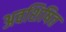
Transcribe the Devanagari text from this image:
अवशिषित